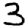
Digit: 3